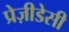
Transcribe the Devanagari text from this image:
प्रेज़ीडेसी